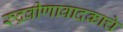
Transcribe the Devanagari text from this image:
रुद्रवीणावादकाचे